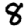
Digit: 8